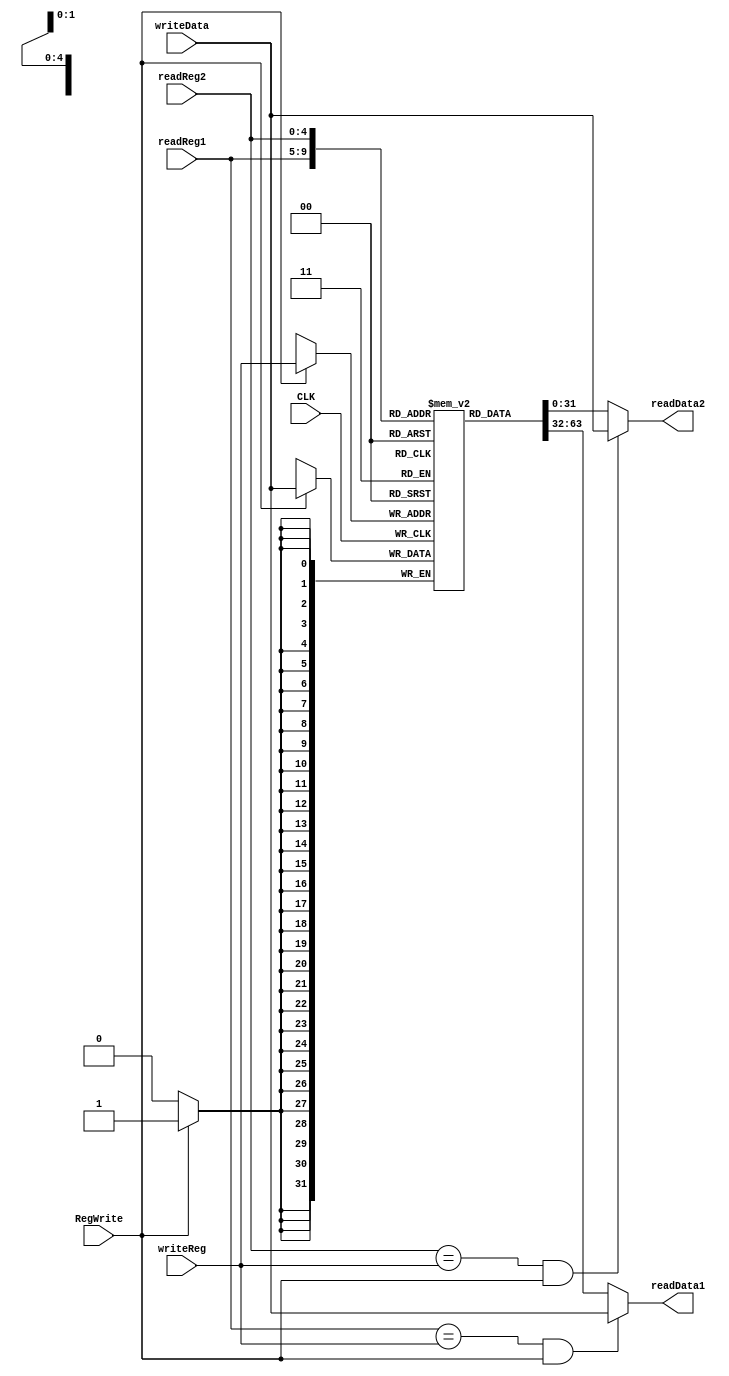
module RegisterFile (
    input               CLK, 
    input               RegWrite, 
    input [25:21]       readReg1, 
    input [20:16]       readReg2,
    input [4:0]         writeReg,
    input [31:0]        writeData, 
    output reg [31:0]   readData1, 
    output reg [31:0]   readData2
 );
    /* 
    * Implementation Notes:
    * ---------------------------------------------------------
    * INPUTS:
    * CLK -> clock
    * RegWrite -> signal that enables writting to the register
    * readReg1 -> the number of the first reading register
    * readReg2 -> the number of the second reading register
    * writeReg -> the number of the register to write
    * writeData -> the data to write
    * OUTPUTS:
    * readData1 -> the content in the first register
    * readData2 -> the content in the second register
    */

    /* INPUTS Declaration */
    wire                CLK;
    wire                RegWrite;
    wire [25:21]        readReg1;
    wire [20:16]        readReg2;
    wire [31:0]         writeData;

    /* Temps Declaration */
    reg [31:0]          registers [0:31];
    reg [1024:0]        registers_init; /* 32 * 32 = 1024 */
    integer             i;

    /* Init */
    initial begin
        registers_init = {
            {32'b00000000000000000000000000000000}, 
            {32'b00000000000000000000000000000000}, 
            {32'b00000000000000000000000000000000}, 
            {32'b00000000000000000000000000000000}, 
            {32'b00000000000000000000000000000000}, 
            {32'b00000000000000000000000000000000}, 
            {32'b00000000000000000000000000000000}, 
            {32'b00000000000000000000000000000000}, 
            {32'b00000000000000000000000000000000}, 
            {32'b00000000000000000000000000000000}, 
            {32'b00000000000000000000000000000000}, 
            {32'b00000000000000000000000000000000}, 
            {32'b00000000000000000000000000000000}, 
            {32'b00000000000000000000000000000000}, 
            {32'b00000000000000000000000000000000}, 
            {32'b00000000000000000000000000000000}, 
            {32'b00000000000000000000000000000000}, 
            {32'b00000000000000000000000000000000}, 
            {32'b00000000000000000000000000000000}, 
            {32'b00000000000000000000000000000000}, 
            {32'b00000000000000000000000000000000}, 
            {32'b00000000000000000000000000000000}, 
            {32'b00000000000000000000000000000000}, 
            {32'b00000000000000000000000000000000}, 
            {32'b00000000000000000000000000000000}, 
            {32'b00000000000000000000000000000000}, 
            {32'b00000000000000000000000000000000}, 
            {32'b00000000000000000000000000000000}, 
            {32'b00000000000000000000000000000000}, 
            {32'b00000000000000000000000000000000}, 
            {32'b00000000000000000000000000000000}, 
            {32'b00000000000000000000000000000000} 
        };
        for (i = 0; i < 31; i++) begin
            registers[i] <= registers_init[i*32+:32];
        end
    end

    /* Main function */
    /* write register on posedge */
    always @(posedge CLK) begin
        if (RegWrite) begin
            registers[writeReg] <= writeData;
        end
    end

    always @(*) begin
        if ((readReg1 == writeReg) && RegWrite)
            readData1 = writeData;
        else 
            readData1 = registers[readReg1];
    end

    always @(*) begin
        if ((readReg2 == writeReg) && RegWrite)
            readData2 = writeData;
        else 
            readData2 = registers[readReg2];
    end

endmodule